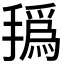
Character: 𰔐